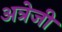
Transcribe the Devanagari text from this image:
अत्रेजी